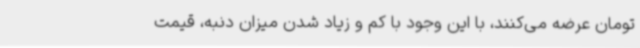
تومان عرضه می‌کنند، با این وجود با کم و زیاد شدن میزان دنبه، قیمت